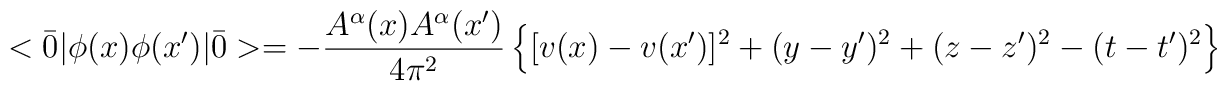
<\bar 0|\phi(x)\phi(x')|\bar 0>=-{\frac {A^\alpha(x)   A^\alpha(x')}{4\pi^2}}\left \{   [v(x)-v(x')]^2+(y-y')^2+(z-z')^2-(t-t')^2 \right \}